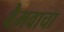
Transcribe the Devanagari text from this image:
वैभवाचा